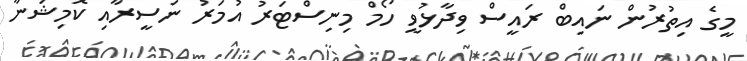
މީގެ އިތުރުން ނައިބް ރައީސް ވިދާޅުވީ ހޯމް މިނިސްޓަރު އުމަރު ނަސީރާއި ކޮމިޝަނާ